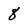
Character: 8